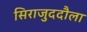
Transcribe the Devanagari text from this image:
सिराजुददौला